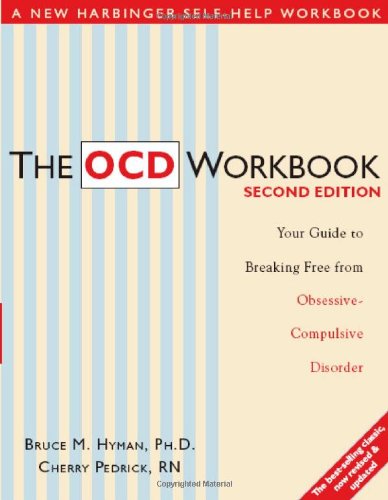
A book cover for The OCD Workbook: Your Guide to Breaking Free from Obsessive-Compulsive Disorder; Bruce M. Hyman; Health, Fitness & Dieting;